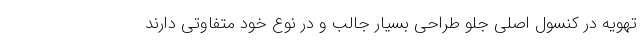
تهویه در کنسول اصلی جلو طراحی بسیار جالب و در نوع خود متفاوتی دارند